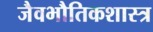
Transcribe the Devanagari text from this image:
जैवभौतिकशास्त्र